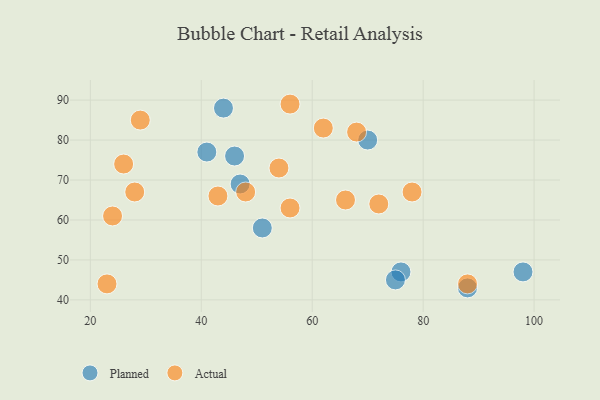
{"axis": {"x": "GDP", "y": "Life Expectancy"}, "legend": ["Actual", "Planned"], "data": [{"x": "44", "y": 88, "type": "Planned"}, {"x": "46", "y": 76, "type": "Planned"}, {"x": "88", "y": 43, "type": "Planned"}, {"x": "41", "y": 77, "type": "Planned"}, {"x": "47", "y": 69, "type": "Planned"}, {"x": "51", "y": 58, "type": "Planned"}, {"x": "70", "y": 80, "type": "Planned"}, {"x": "98", "y": 47, "type": "Planned"}, {"x": "76", "y": 47, "type": "Planned"}, {"x": "75", "y": 45, "type": "Planned"}, {"x": "48", "y": 67, "type": "Actual"}, {"x": "62", "y": 83, "type": "Actual"}, {"x": "28", "y": 67, "type": "Actual"}, {"x": "23", "y": 44, "type": "Actual"}, {"x": "56", "y": 63, "type": "Actual"}, {"x": "68", "y": 82, "type": "Actual"}, {"x": "26", "y": 74, "type": "Actual"}, {"x": "24", "y": 61, "type": "Actual"}, {"x": "66", "y": 65, "type": "Actual"}, {"x": "54", "y": 73, "type": "Actual"}, {"x": "78", "y": 67, "type": "Actual"}, {"x": "29", "y": 85, "type": "Actual"}, {"x": "88", "y": 44, "type": "Actual"}, {"x": "56", "y": 89, "type": "Actual"}, {"x": "43", "y": 66, "type": "Actual"}, {"x": "72", "y": 64, "type": "Actual"}]}